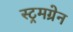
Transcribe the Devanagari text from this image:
स्ट्रमग्रेन